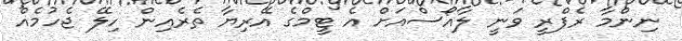
ނިންމާ ރެފްރީ ވަނީ ލާއޯސްއަށް އެ ޓީމްގެ އޭރިޔާ ތެރެއިން ހިލޭ ޖެހުމެއް